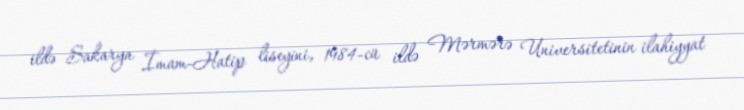
ildə Sakarya İmam-Hatip liseyini, 1984-cü ildə Mərmərə Universitetinin ilahiyyat